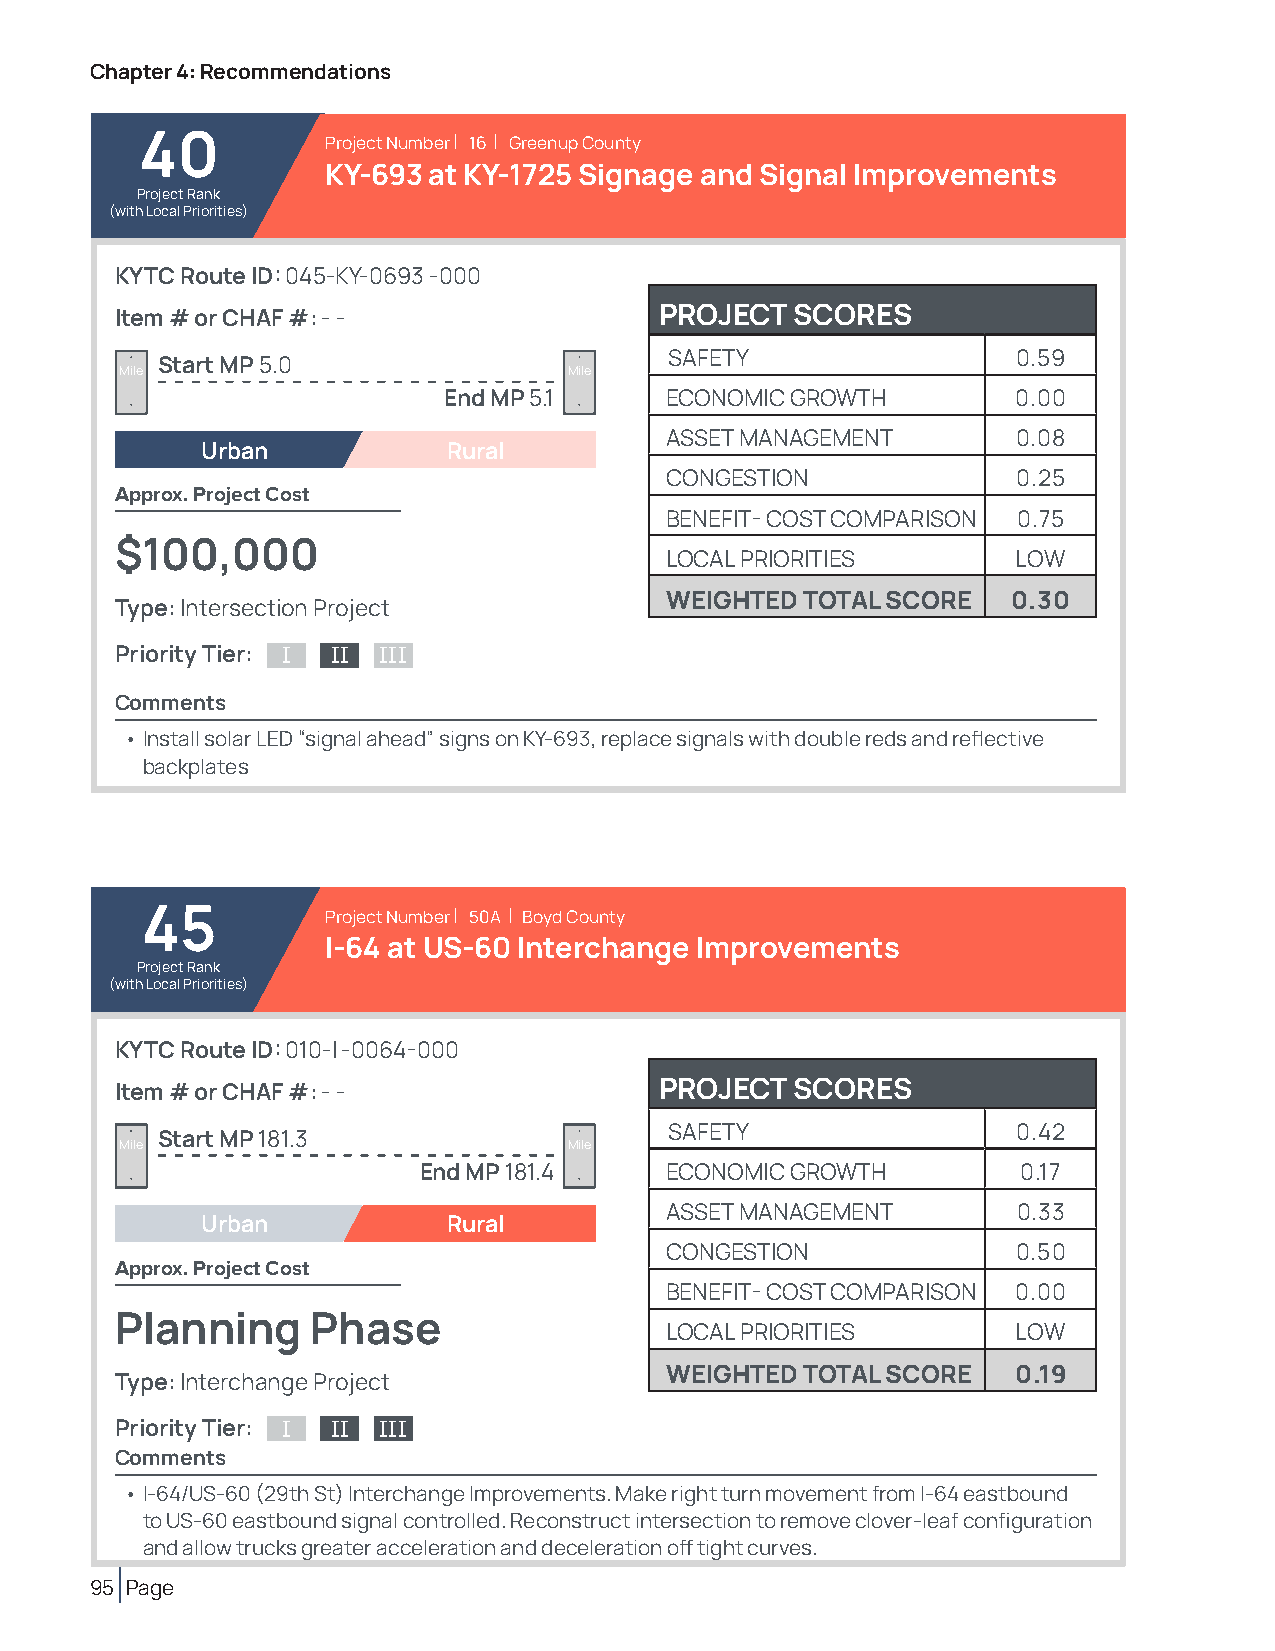
Chapter 4: Recommendations
 40           Project Number | 16 | Greenup County
 KY-693 at KY-1725 Signage and Signal Improvements
 Project Rank
 (with Local Priorities)
 KYTC Route ID: 045-KY-0693 -000
 Item # or CHAF #: - -               PROJECT  SCORES
 SAFETY                 0.59
 Start MP 5.0
 Mile                          Mile
 End MP 5.1     ECONOMIC GROWTH        0.00
 ASSET MANAGEMENT       0.08
 Urban            Rural
 CONGESTION             0.25
 Approx. Project Cost
 BENEFIT- COST COMPARISON 0.75
 $100,000
 LOCAL PRIORITIES       LOW
 WEIGHTED TOTAL SCORE   0.30
 Type: Intersection Project
 Priority Tier: I II III
 Comments
 • Install solar LED “signal ahead” signs on KY-693, replace signals with double reds and reflective
 backplates
 45           Project Number | 50A | Boyd County
 I-64 at US-60 Interchange Improvements
 Project Rank
 (with Local Priorities)
 KYTC Route ID: 010-I -0064-000
 Item # or CHAF #: - -               PROJECT  SCORES
 SAFETY                 0.42
 Start MP 181.3
 Mile                          Mile
 End MP 181.4    ECONOMIC GROWTH         0.17
 ASSET MANAGEMENT       0.33
 Urban            Rural
 CONGESTION             0.50
 Approx. Project Cost
 BENEFIT- COST COMPARISON 0.00
 Planning     Phase
 LOCAL PRIORITIES       LOW
 WEIGHTED TOTAL SCORE   0.19
 Type: Interchange Project
 Priority Tier: I II III
 Comments
 • I-64/US-60 (29th St) Interchange Improvements. Make right turn movement from I-64 eastbound
 to US-60 eastbound signal controlled. Reconstruct intersection to remove clover-leaf configuration
 and allow trucks greater acceleration and deceleration off tight curves.
 95 Page